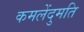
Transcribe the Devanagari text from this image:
कमलेंदुमति